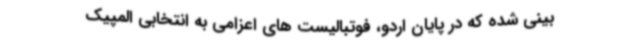
بینی شده که در پایان اردو، فوتبالیست های اعزامی به انتخابی المپیک